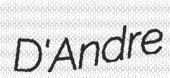
D'Andre